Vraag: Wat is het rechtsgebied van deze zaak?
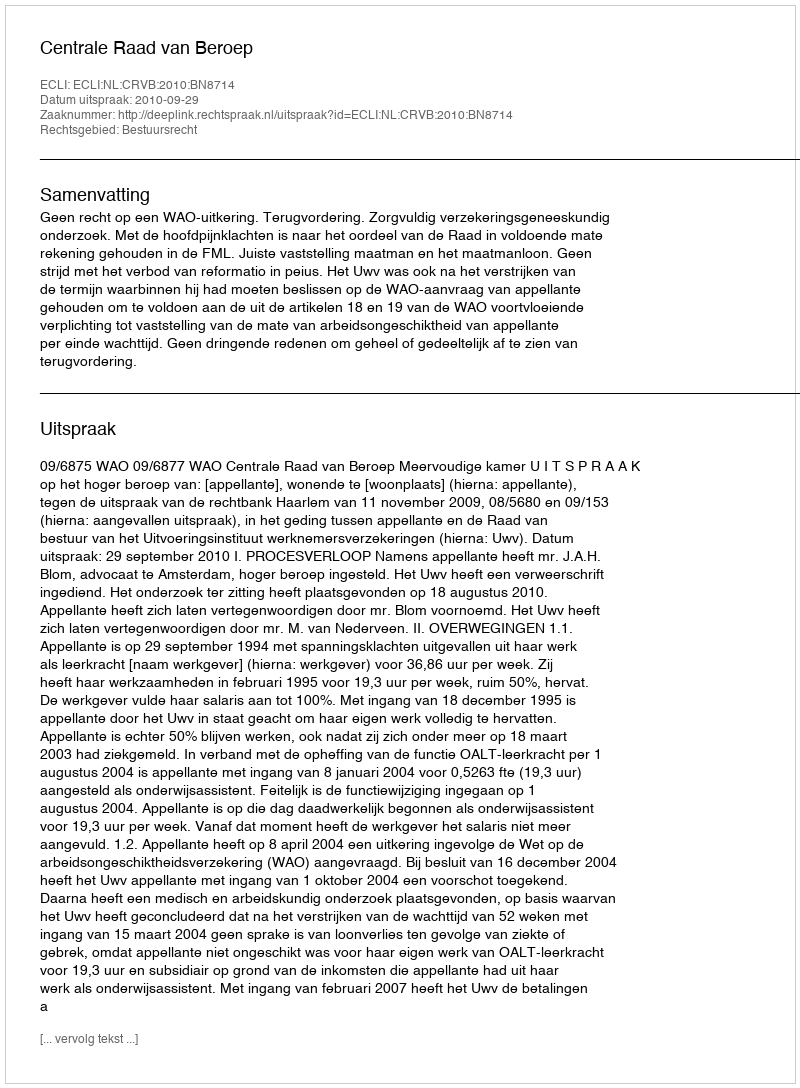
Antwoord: Bestuursrecht